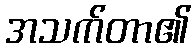
အသက်တာ၏